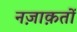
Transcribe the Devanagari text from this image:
नज़ाक़तों